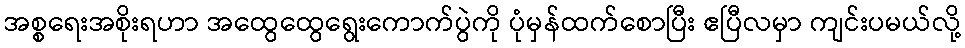
အစ္စရေးအစိုးရဟာ အထွေထွေရွေးကောက်ပွဲကို ပုံမှန်ထက်စောပြီး ဧပြီလမှာ ကျင်းပမယ်လို့